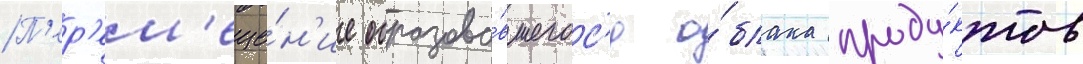
П'ер'ем'еще́н'ие образова́вшегос'я о́блака проду́ктов